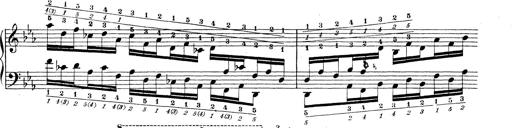
Title: Technische Studien
Composer: Franz Liszt